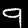
Label: 9